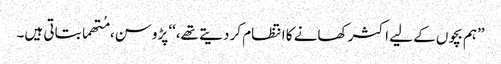
’’ہم بچوں کے لیے اکثر کھانے کا انتظام کر دیتے تھے،‘‘ پڑوسن، مُتھما بتاتی ہیں۔